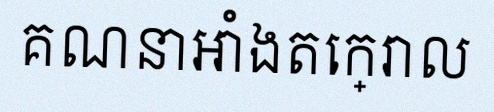
គណនាអាំងតេក្រាល